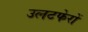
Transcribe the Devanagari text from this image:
उलटफेरों